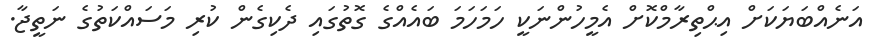
އަނެއްބަޔަކަށް އިޙްތިރާމްކޮށް އެމީހުންނަކީ ހަމަހަމަ ބައެއްގެ ގޮތުގައި ދެކިގެން ކުރި މަސައްކަތުގެ ނަތީޖާ.